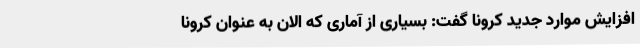
افزایش موارد جدید کرونا گفت: بسیاری از آماری که الان به عنوان کرونا